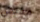
مفتش